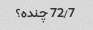
72/7 چنده؟